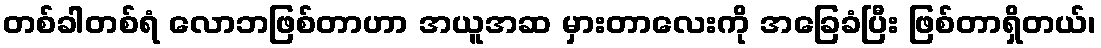
တစ်ခါတစ်ရံ လောဘဖြစ်တာဟာ အယူအဆ မှားတာလေးကို အခြေခံပြီး ဖြစ်တာရှိတယ်၊